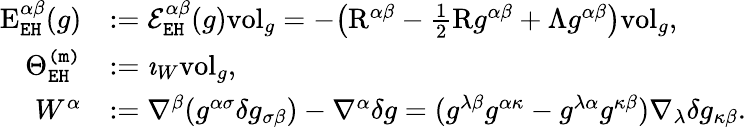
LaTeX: \begin{array}{rl}{\mathrm{E}_{\mathtt{EH}}^{\alpha\beta}(g)}&{:=\mathcal{E}_{\mathtt{EH}}^{\alpha\beta}(g)\mathrm{vol}_{g}=-\big(\mathrm{R}^{\alpha\beta}-\frac{1}{2}\mathrm{R}g^{\alpha\beta}+\Lambda g^{\alpha\beta}\big)\mathrm{vol}_{g},}\\ {\Theta_{\mathtt{EH}}^{\mathtt{(m)}}}&{:=\imath_{W}\mathrm{vol}_{g},}\\ {W^{\alpha}}&{:=\nabla^{\beta}(g^{\alpha\sigma}\delta g_{\sigma\beta})-\nabla^{\alpha}\delta g=(g^{\lambda\beta}g^{\alpha\kappa}-g^{\lambda\alpha}g^{\kappa\beta})\nabla_{\lambda}\delta g_{\kappa\beta}.}\end{array}